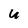
Character: U